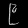
Digit: ၉